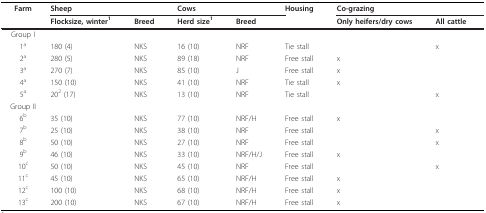
<table><thead><tr><td><b>Farm</b></td><td colspan="2"><b>Sheep</b></td><td colspan="2"><b>Cows</b></td><td><b>Housing</b></td><td colspan="2"><b>Co-grazing</b></td></tr><tr><td>[EMPTY_CELL]</td><td><b>Flocksize, winter<sup>1</sup></b></td><td><b>Breed</b></td><td><b>Herd size<sup>1</sup></b></td><td><b>Breed</b></td><td>[EMPTY_CELL]</td><td><b>Only heifers/dry cows</b></td><td><b>All cattle</b></td></tr></thead><tbody><tr><td>Group I</td><td>[EMPTY_CELL]</td><td>[EMPTY_CELL]</td><td>[EMPTY_CELL]</td><td>[EMPTY_CELL]</td><td>[EMPTY_CELL]</td><td>[EMPTY_CELL]</td><td>[EMPTY_CELL]</td></tr><tr><td>1<sup>a</sup></td><td>180 (4)</td><td>NKS</td><td>16 (10)</td><td>NRF</td><td>Tie stall</td><td>[EMPTY_CELL]</td><td>x</td></tr><tr><td>2<sup>a</sup></td><td>280 (5)</td><td>NKS</td><td>89 (18)</td><td>NRF</td><td>Free stall</td><td>x</td><td>[EMPTY_CELL]</td></tr><tr><td>3<sup>a</sup></td><td>270 (7)</td><td>NKS</td><td>85 (10)</td><td>J</td><td>Free stall</td><td>x</td><td>[EMPTY_CELL]</td></tr><tr><td>4<sup>a</sup></td><td>150 (10)</td><td>NKS</td><td>41 (10)</td><td>NRF</td><td>Tie stall</td><td>x</td><td>[EMPTY_CELL]</td></tr><tr><td>5<sup>a</sup></td><td>20<sup>2 </sup>(17)</td><td>NKS</td><td>13 (10)</td><td>NRF</td><td>Tie stall</td><td>[EMPTY_CELL]</td><td>x</td></tr><tr><td>Group II</td><td>[EMPTY_CELL]</td><td>[EMPTY_CELL]</td><td>[EMPTY_CELL]</td><td>[EMPTY_CELL]</td><td>[EMPTY_CELL]</td><td>[EMPTY_CELL]</td><td>[EMPTY_CELL]</td></tr><tr><td>6<sup>b</sup></td><td>35 (10)</td><td>NKS</td><td>77 (10)</td><td>NRF/H</td><td>Free stall</td><td>x</td><td>[EMPTY_CELL]</td></tr><tr><td>7<sup>b</sup></td><td>25 (10)</td><td>NKS</td><td>38 (10)</td><td>NRF</td><td>Free stall</td><td>[EMPTY_CELL]</td><td>x</td></tr><tr><td>8<sup>b</sup></td><td>50 (10)</td><td>NKS</td><td>27 (10)</td><td>NRF</td><td>Free stall</td><td>[EMPTY_CELL]</td><td>x</td></tr><tr><td>9<sup>b</sup></td><td>46 (10)</td><td>NKS</td><td>33 (10)</td><td>NRF/H/J</td><td>Free stall</td><td>x</td><td>[EMPTY_CELL]</td></tr><tr><td>10<sup>c</sup></td><td>50 (10)</td><td>NKS</td><td>45 (10)</td><td>NRF</td><td>Free stall</td><td>[EMPTY_CELL]</td><td>x</td></tr><tr><td>11<sup>c</sup></td><td>45 (10)</td><td>NKS</td><td>65 (10)</td><td>NRF/H</td><td>Free stall</td><td>x</td><td>[EMPTY_CELL]</td></tr><tr><td>12<sup>c</sup></td><td>100 (10)</td><td>NKS</td><td>68 (10)</td><td>NRF/H</td><td>Free stall</td><td>x</td><td>[EMPTY_CELL]</td></tr><tr><td>13<sup>c</sup></td><td>200 (10)</td><td>NKS</td><td>67 (10)</td><td>NRF/H</td><td>Free stall</td><td>x</td><td>[EMPTY_CELL]</td></tr></tbody></table>